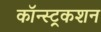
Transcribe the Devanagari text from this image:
कॉन्स्ट्रकशन